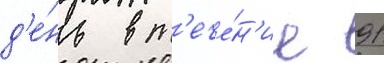
д'е́нь в т'ече́н'ие 91